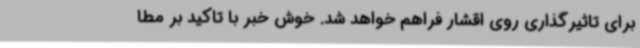
برای تاثیرگذاری روی اقشار فراهم خواهد شد. خوش خبر با تاکید بر مطا